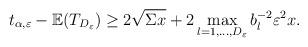
LaTeX: \begin{align*}t_{\alpha,\varepsilon}-\mathbb{E}(T_{D_\varepsilon})\geq 2\sqrt{\Sigma x}+2\max_{l=1,...,D_\varepsilon} b_l^{-2}\varepsilon^2 x.\end{align*}